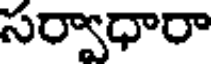
సర్వాధారా